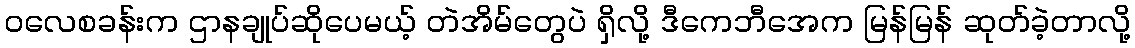
ဝလေစခန်းက ဌာနချုပ်ဆိုပေမယ့် တဲအိမ်တွေပဲ ရှိလို့ ဒီကေဘီအေက မြန်မြန် ဆုတ်ခဲ့တာလို့